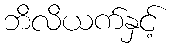
ဘိလိယက်နှင့်